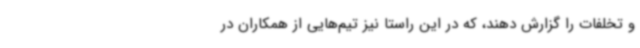
و تخلفات را گزارش دهند، که در این راستا نیز تیم‌هایی از همکاران در